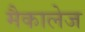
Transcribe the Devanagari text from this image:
मैकालेज